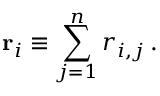
\mathbf { r } _ { i } \equiv \sum _ { j = 1 } ^ { n } r _ { i , j } \, .